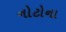
નોટોના